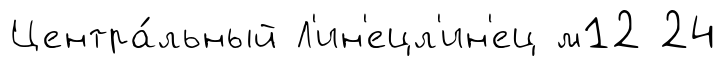
Центра́льный Л'ин'ецл'ин'ец м12 24